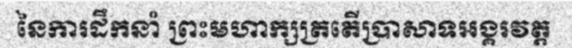
នៃការដឹកនាំ ព្រះមហាក្សត្រតើប្រាសាទអង្គរវត្ត